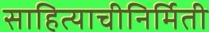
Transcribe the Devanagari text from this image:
साहित्याचीनिर्मिती